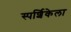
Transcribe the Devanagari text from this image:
स्पर्शिकेला